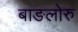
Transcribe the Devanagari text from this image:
बाङलोरु